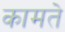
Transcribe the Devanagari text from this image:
कामते